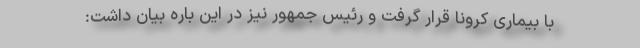
با بیماری کرونا قرار گرفت و رئیس جمهور نیز در این باره بیان داشت: